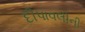
દીપાવલીની